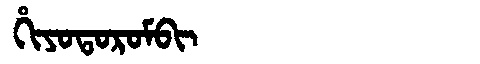
Manchu: ᡥᡳᠶᠣᡨᠣᡵᠣᠮᠪᡳ
Romanization: HIYOTOROMBI